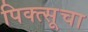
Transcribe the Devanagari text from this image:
पिक्त्सूचा